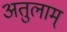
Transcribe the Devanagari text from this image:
अतुलाम्